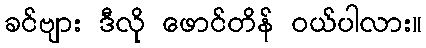
ခင်ဗျား ဒီလို ဖောင်တိန် ဝယ်ပါလား။